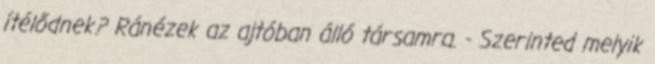
ítélődnek? Ránézek az ajtóban álló társamra. - Szerinted melyik